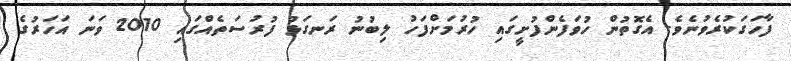
ފާހަގަކުރެވުނެވެ. އެގޮތުން ހުވަފެންފުށީގައި ހުރުމަށްފަހު ލިބުނު ރަނގަޅު ފުރުސަތެއްގައި 2010 ވަނަ އަހަރުގެ